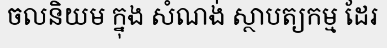
ចលនិយម ក្នុង សំណង់ ស្ថាបត្យកម្ម ដែរ